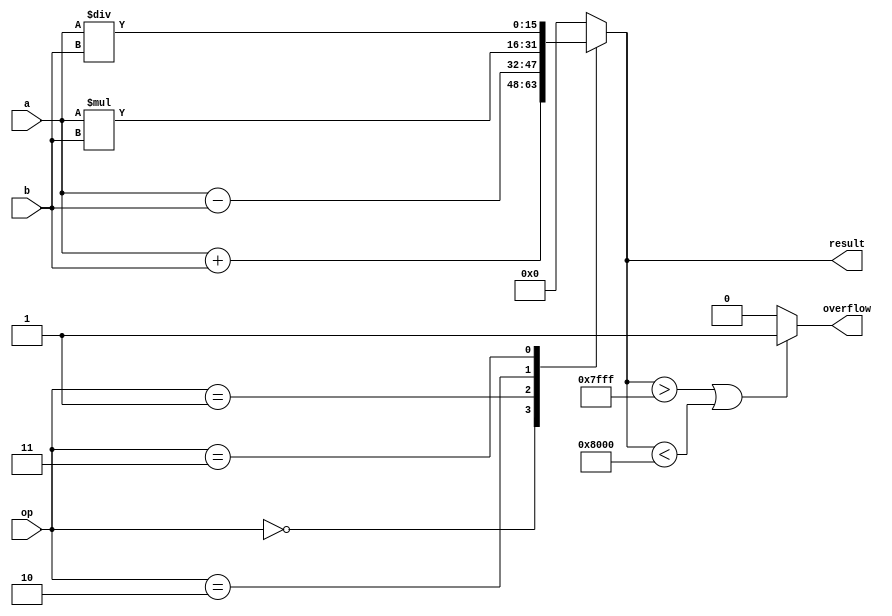
module fixed_point_arithmetic_unit(
    input signed [15:0] a,
    input signed [15:0] b,
    input [2:0] op,
    output reg signed [15:0] result,
    output reg overflow
);

always @(*)
begin
    case(op)
        3'b000: result = a + b; // addition
        3'b001: result = a - b; // subtraction
        3'b010: result = a * b; // multiplication
        3'b011: result = a / b; // division
        default: result = 16'b0;
    endcase
    
    if(result > 32767 || result < -32768) // overflow detection
        overflow = 1;
    else
        overflow = 0;
end

endmodule